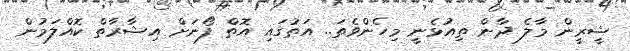
ޝީރީން މާލެ ދާން ތިއުޅެނީ މިހެންވެތަ.. އަތުގައި އޮތް ފޯނަށް އިޝާރާތް ކޮއްލަމުން